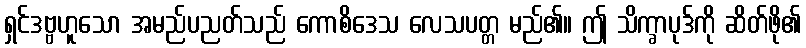
ရှင်ဒဗ္ဗဟူသော အမည်ပညတ်သည် ကောစိဒေသ လေသပတ္တ မည်၏။ ဤ သိက္ခာပုဒ်ကို ဆိတ်ဖို၏